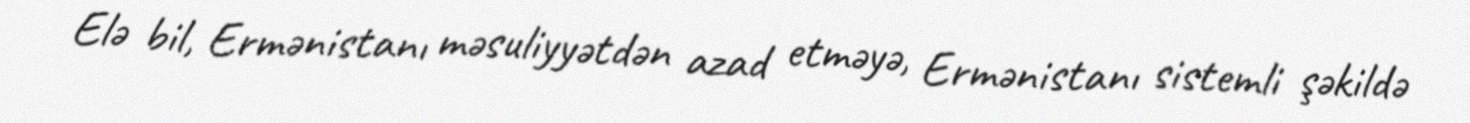
Elə bil, Ermənistanı məsuliyyətdən azad etməyə, Ermənistanı sistemli şəkildə